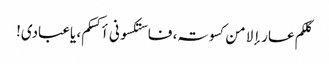
کلکم عار إلا من کسوتہ، فاستکسونی أکسکم، یاعبادی!